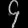
Digit: ၄